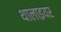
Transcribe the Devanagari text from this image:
थालाइयर